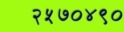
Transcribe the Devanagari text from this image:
२५७०४९०